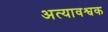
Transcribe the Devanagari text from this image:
अत्यावश्वक